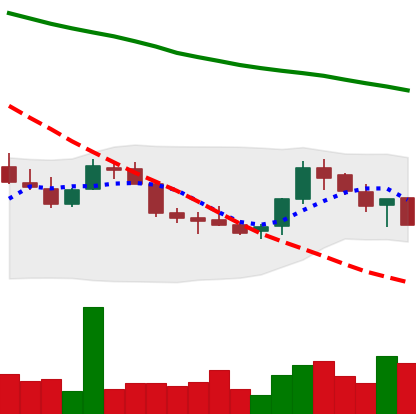
Ticker: LINK-USD
Chart end date: 2018-07-22
Forward return: 32.478%
Label: up_7plus